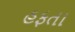
હફતા